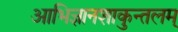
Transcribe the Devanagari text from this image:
आभिज्ञानशाकुन्तलम्